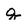
Character: q